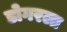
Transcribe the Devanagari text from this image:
डोगरला